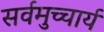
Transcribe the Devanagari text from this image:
सर्वमुच्चार्य